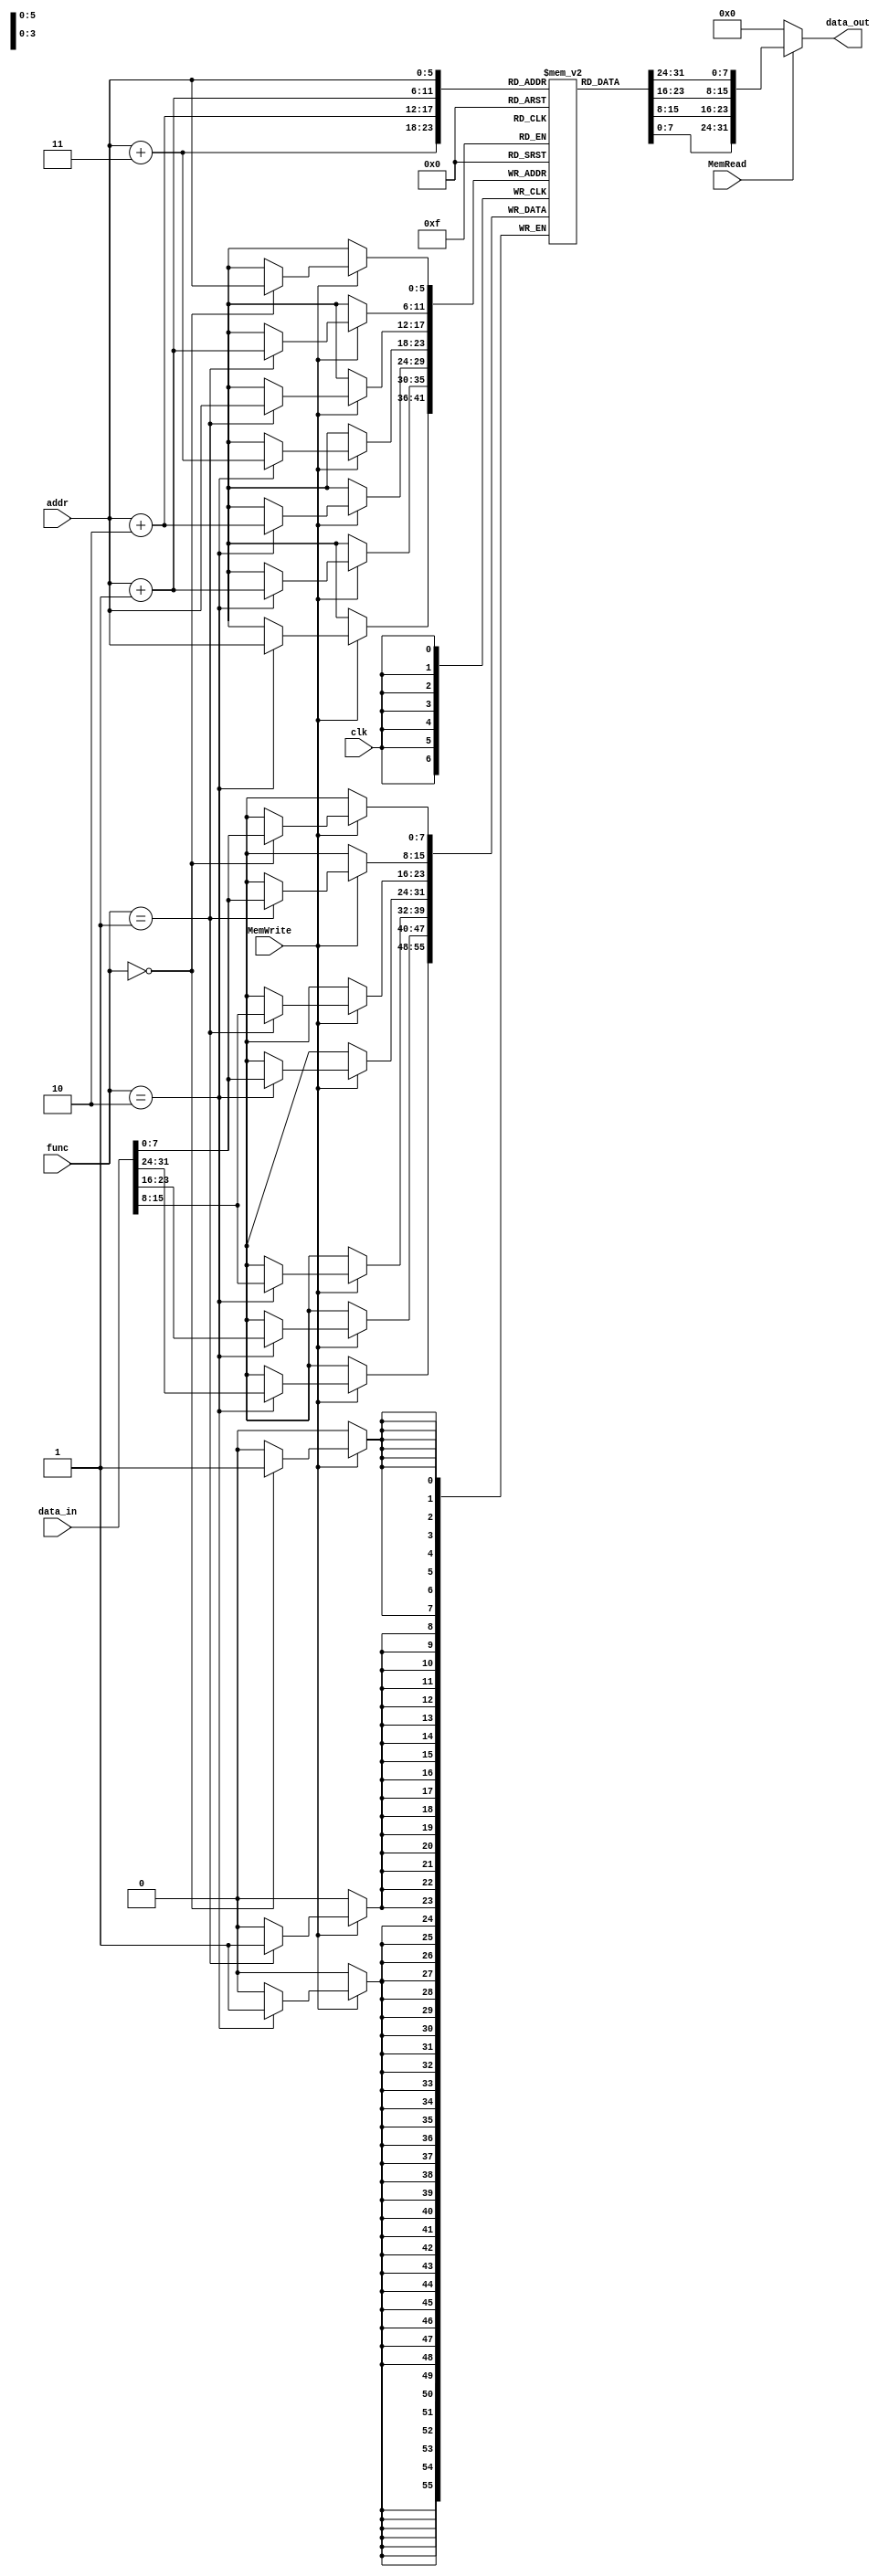
 
 module DataMem
 (input clk, input MemRead, input MemWrite, input [2:0] func,
 input [5:0] addr, input [31:0] data_in, output [31:0] data_out);
 reg [7:0] mem [0:63];

assign data_out =  MemRead ? {mem[addr], mem[addr+1], mem[addr+2], mem[addr+3]}: 0;

initial begin
 mem[0]=8'd25;
 mem[1]=8'd25;
end 

always @(posedge clk)begin
if(MemWrite)
case(func)
3'b000:mem[addr] <= data_in[7:0];
3'b001:{mem[addr], mem[addr+1]} <= data_in[15:0];
3'b010:{mem[addr], mem[addr+1], mem[addr+2], mem[addr+3]} <= data_in;
endcase 
end
endmodule